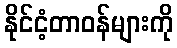
နိုင်ငံ့တာဝန်များကို